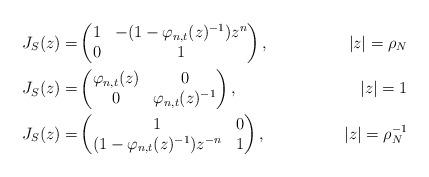
LaTeX: \begin{align*}J_S(z) =&\begin{pmatrix}1 & -(1 - \varphi_{n,t}(z)^{-1})z^n \\0 & 1\end{pmatrix},& |z| = \rho_N \\J_S(z) = &\begin{pmatrix}\varphi_{n,t}(z) & 0 \\0 & \varphi_{n,t}(z)^{-1}\end{pmatrix}, & |z| = 1 \\J_S(z) = &\begin{pmatrix}1 & 0 \\(1 - \varphi_{n,t}(z)^{-1})z^{-n} & 1\end{pmatrix},&|z| = \rho_N^{-1}\end{align*}